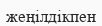
жеңілдікпен